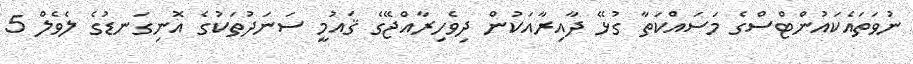
ނުވަތައެކައުންޓްސްގެ މަސައްކަތާ ގުޅޭ ދާއިރާއަކުން ދިވެހިރާއްޖޭގެ ޤައުމީ ސަނަދުތަކުގެ އޮނިގަނޑުގެ ލެވެލް 5